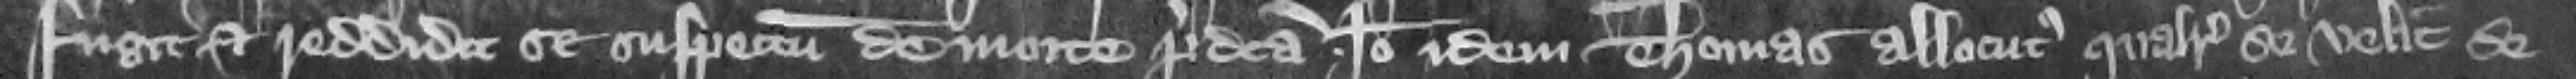
fugit et reddidit se suspectum de morte predicta. Ideo idem Thomas allocutus qualiter se velit de